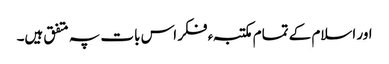
اور اسلام کے تمام مکتبہء فکر اس بات پہ متفق ہیں۔